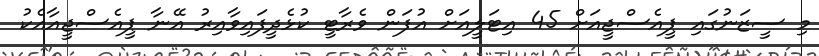
މި ސީޒަނުގައި ޕީއެސްޖީއަށް 45 އިޓަލީއަށް އުފަން ވެރާޓީ ކުޅެދީފައިވާއިރު އޭނާ ޕީއެސްޖީއާއެކު